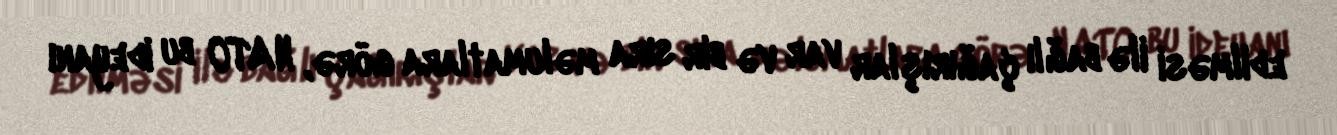
edilməsi ilə bağlı çağırışlar var və bir sıra məlumatlara görə, NATO bu ideyanı